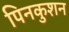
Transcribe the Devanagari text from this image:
पिनकुशन